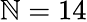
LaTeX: \mathbb{N}=14